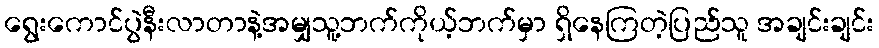
ရွေးကောင်ပွဲနီးလာတာနဲ့အမျှသူ့ဘက်ကိုယ့်ဘက်မှာ ရှိနေကြတဲ့ပြည်သူ အချင်းချင်း